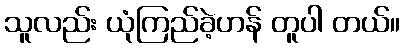
သူလည်း ယုံကြည်ခဲ့ဟန် တူပါ တယ်။